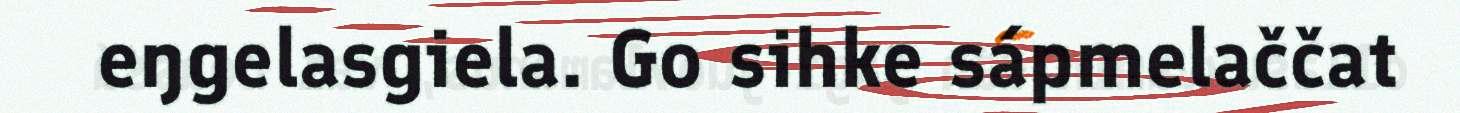
eŋgelasgiela. Go sihke sápmelaččat